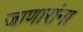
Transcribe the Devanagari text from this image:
जाणारांना